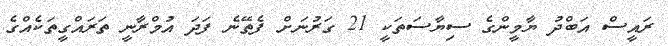
ރައީސް އަބްދު ޔާމީންގެ ސިޔާސަތަކީ 21 ގަރުނަށް ފެތޭނެ ފަދަ އުމްރާނީ ތަރައްގީތަކެއްގެ